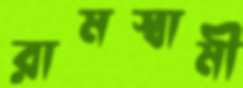
রামস্বামী